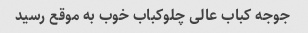
جوجه کباب عالی چلوکباب خوب به موقع رسید